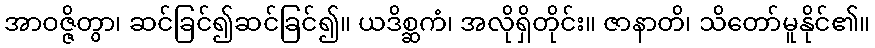
အာဝဇ္ဇိတွာ၊ ဆင်ခြင်၍ဆင်ခြင်၍။ ယဒိစ္ဆကံ၊ အလိုရှိတိုင်း။ ဇာနာတိ၊ သိတော်မူနိုင်၏။